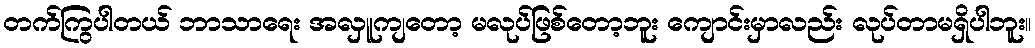
တက်ကြွပါတယ် ဘာသာရေး အလှူကျတော့ မလုပ်ဖြစ်တော့ဘူး ကျောင်းမှာလည်း လုပ်တာမရှိပါဘူး။